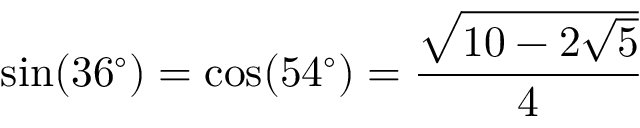
\sin ( 3 6 ^ { \circ } ) = \cos ( 5 4 ^ { \circ } ) = { \frac { \sqrt { 1 0 - 2 { \sqrt { 5 } } } } { 4 } }